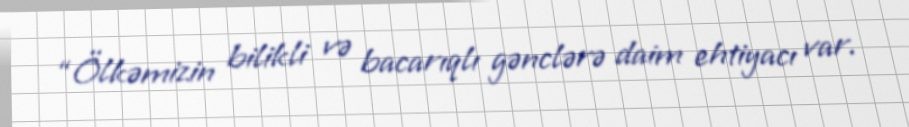
“Ölkəmizin bilikli və bacarıqlı gənclərə daim ehtiyacı var.